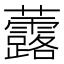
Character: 虂